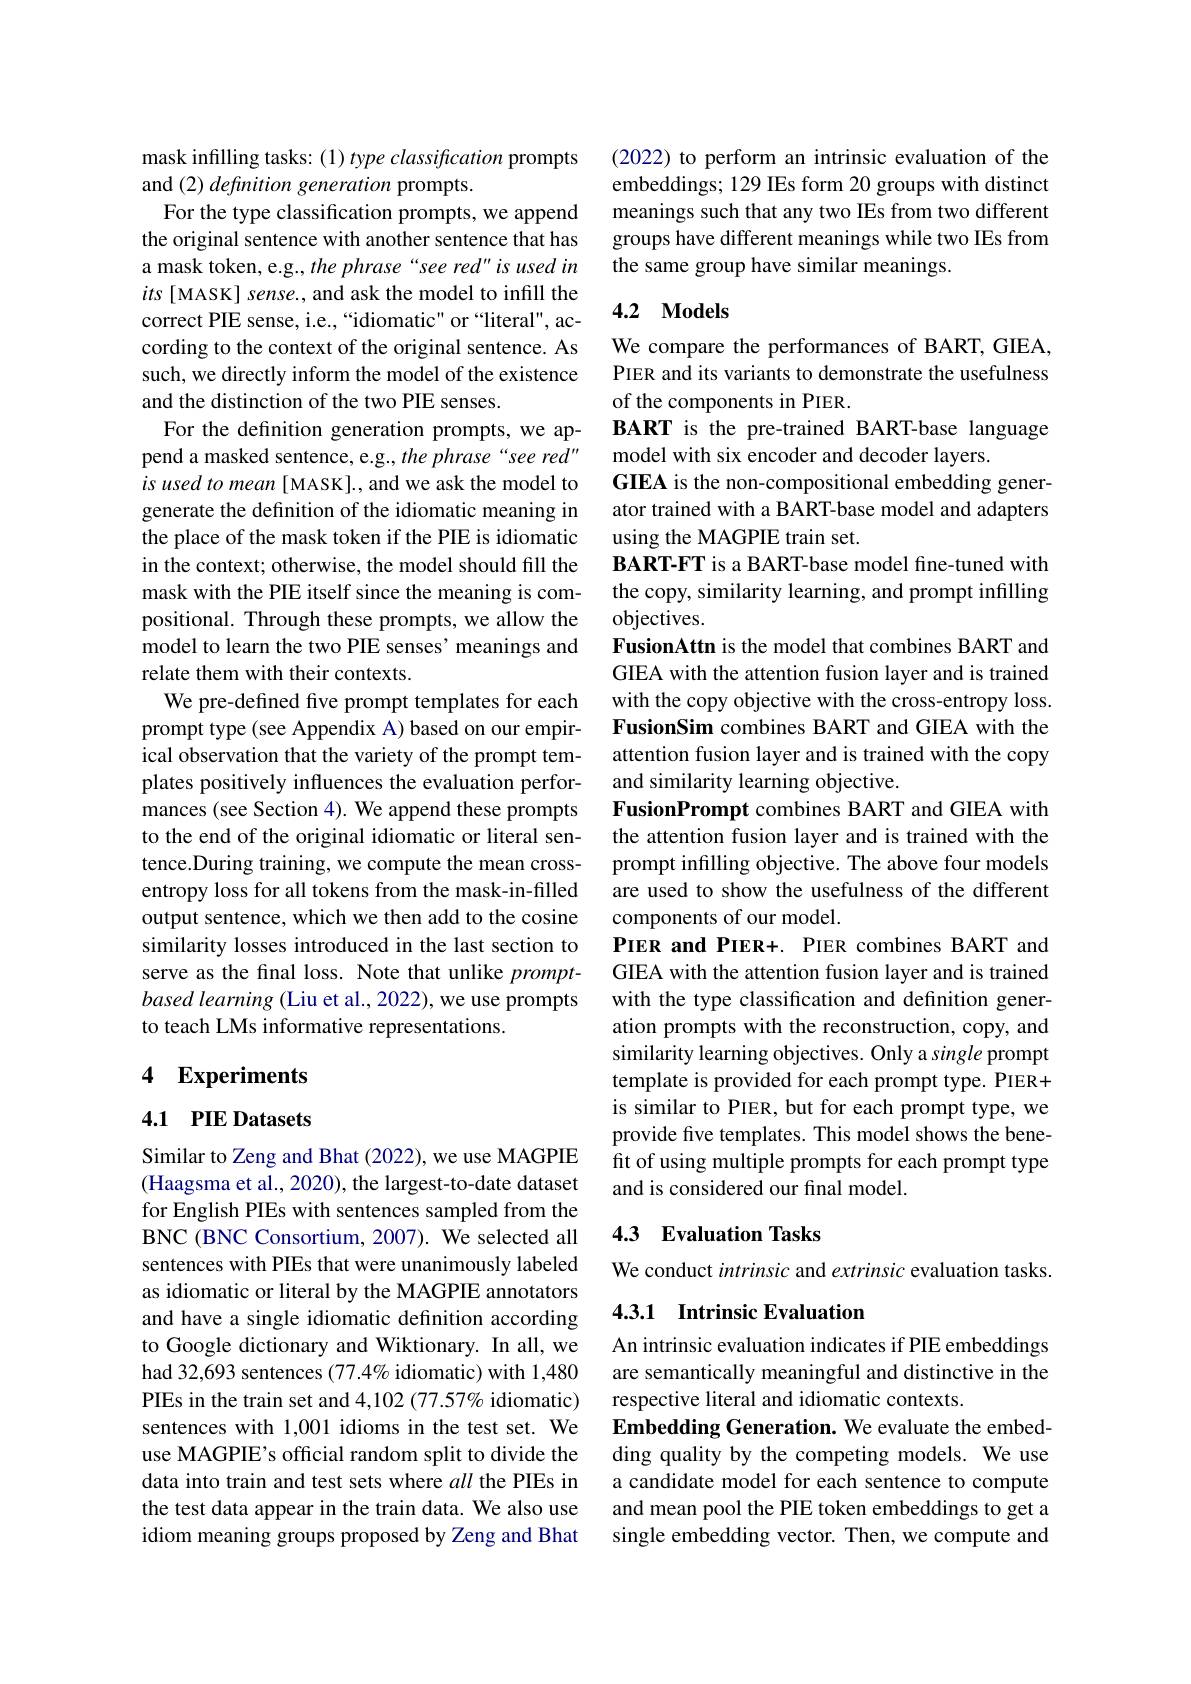
mask infilling tasks: (1) type classification prompts
and (2) definition generation prompts.
For the type classification prompts, we append the original sentence with another sentence that has a mask token, e.g., the phrase“see red”is used in its [MASK] sense., and ask the model to infill the correct PIE sense, i.e., “idiomatic" or “literal", according to the context of the original sentence. As such, we directly inform the model of the existence and the distinction of the two PIE senses.
For the defnition generation prompts, we append a masked sentence, e.g., the phrase“see red” is used to mean [ MASK]., and we ask the model to generate the definition of the idiomatic meaning in the place of the mask token if the PIE is idiomatic in the context; otherwise, the model should fill the mask with the PIE itself since the meaning is compositional. Through these prompts, we allow the model to learn the two PIE senses' meanings and relate them with their contexts.
We pre-defined five prompt templates for each prompt type (see Appendix A) based on our empirical observation that the variety of the prompt templates positively influences the evaluation performances (see Section 4). We append these prompts to the end of the original idiomatic or literal sentence.During training, we compute the mean crossentropy loss for all tokens from the mask-in-filled output sentence, which we then add to the cosine similarity losses introduced in the last section to serve as the final loss. Note that unlike $prompt-$ based learning (Liu et al., 2022), we use prompts to teach LMs informative representations.

## 4 Experiments

## 4.1 PIE Datasets

Similar to Zeng and Bhat (2022), we use MAGPIE (Haagsma et al., 2020), the largest-to-date dataset for English PIEs with sentences sampled from the BNC (BNC Consortium, 2007). We selected all sentences with PIEs that were unanimously labeled as idiomatic or literal by the MAGPIE annotators and have a single idiomatic definition according to Google dictionary and Wiktionary. In all, we had 32,693 sentences $(77.4\%$ idiomatic) with 1,480 PIEs in the train set and $4,102(77.57\%$ idiomatic) sentences with 1,001 idioms in the test set. We use MAGPIE's official random split to divide the data into train and test sets where all the PIEs in the test data appear in the train data. We also use idiom meaning groups proposed by Zeng and Bhat

(2022) to perform an intrinsic evaluation of the embeddings; 129 IEs form 20 groups with distinct meanings such that any two IEs from two different groups have different meanings while two IEs from the same group have similar meanings.

## 4.2 Models

We compare the performances of BART, GIEA, PIER and its variants to demonstrate the usefulness of the components in PIER.
BART is the pre-trained BART-base language
model with six encoder and decoder layers.
GIEA is the non-compositional embedding generator trained with a BART-base model and adapters using the MAGPIE train set.
BART-FT is a BART-base model fine-tuned with the copy, similarity learning, and prompt infilling objectives.
FusionAttn is the model that combines BART and GIEA with the attention fusion layer and is trained with the copy objective with the cross-entropy loss. FusionSim combines BART and GIEA with the attention fusion layer and is trained with the copy and similarity learning objective.
FusionPrompt combines BART and GIEA with the attention fusion layer and is trained with the prompt infilling objective. The above four models are used to show the usefulness of the different components of our model.
PIER and PIER+. PIER combines BART and GIEA with the attention fusion layer and is trained with the type classification and definition generation prompts with the reconstruction, copy, and similarity learning objectives. Only a single prompt template is provided for each prompt type. PIER+ is similar to PIER, but for each prompt type, we provide five templates. This model shows the benefit of using multiple prompts for each prompt type and is considered our final model.

## 4.3 Evaluation Tasks

We conduct intrinsic and extrinsic evaluation tasks.

## 4.3.1 Intrinsic Evaluation

An intrinsic evaluation indicates if PIE embeddings are semantically meaningful and distinctive in the respective literal and idiomatic contexts.
Embedding Generation. We evaluate the embedding quality by the competing models. We use a candidate model for each sentence to compute and mean pool the PIE token embeddings to get a single embedding vector. Then, we compute and